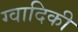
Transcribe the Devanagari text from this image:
ग्वादिकी